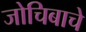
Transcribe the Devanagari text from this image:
जोचिबाचे